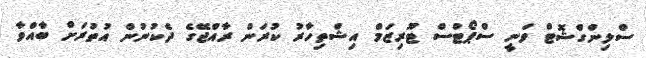
ސްލިންގްޝޮޓް ވަނީ ސްޕޯޓްސް ޓޫރިޒަމް އިޝްތިހާރު ކުރަން ރާއްޖޭގެ ދެކުނުން އުތުރަށް ބާއްވާ